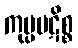
ကုပ္ပပဋိစ္စ